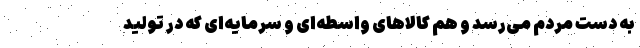
به دست مردم می‌رسد و هم کالاهای واسطه‌ای و سرمایه‌ای که در تولید